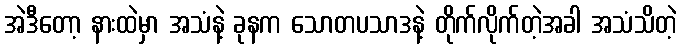
အဲဒီတော့ နားထဲမှာ အသံနဲ့ ခုနက သောတပသာဒနဲ့ တိုက်လိုက်တဲ့အခါ အသံသိတဲ့